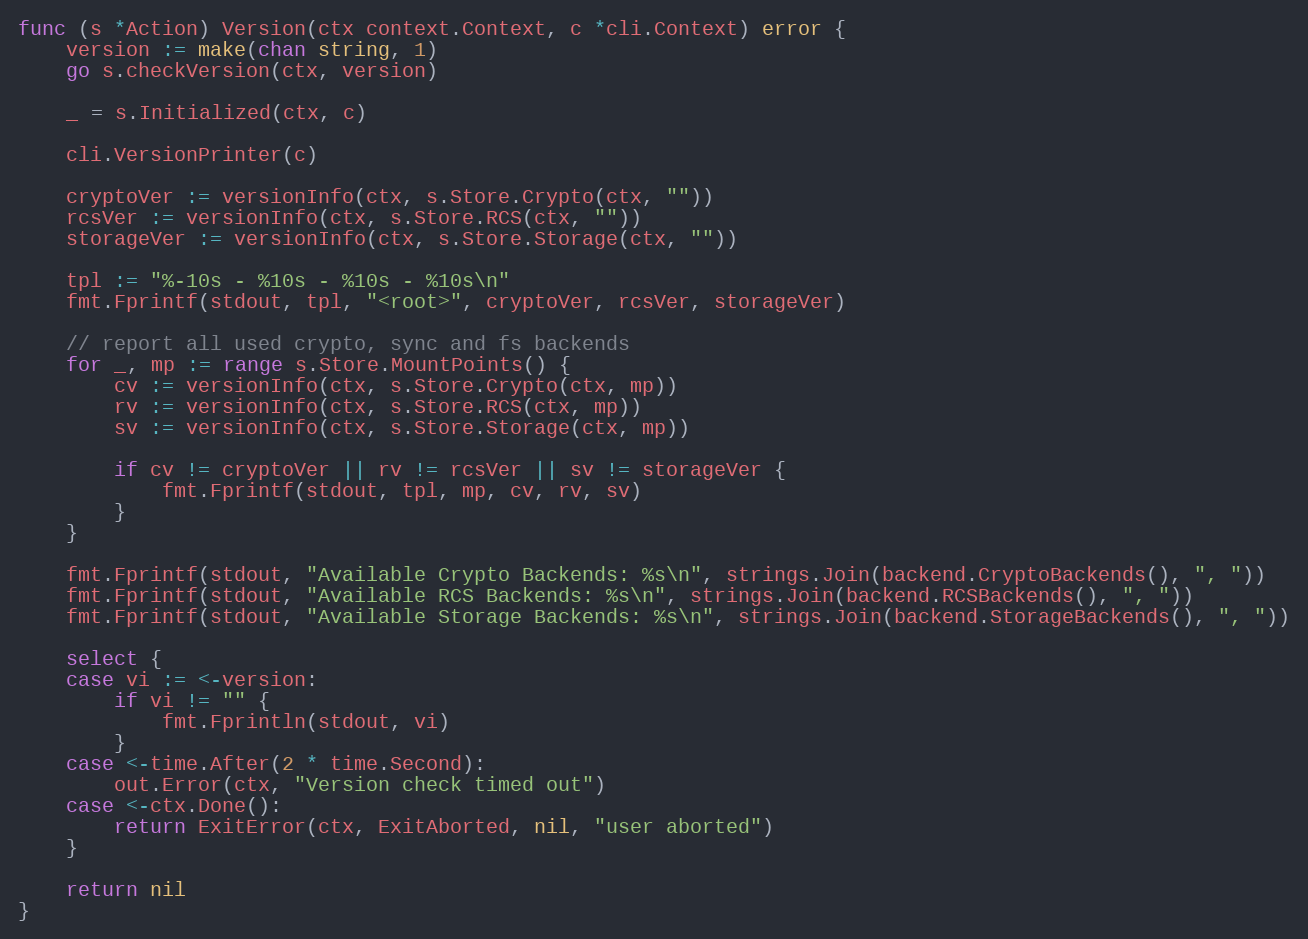
Language: Go
func (s *Action) Version(ctx context.Context, c *cli.Context) error {
	version := make(chan string, 1)
	go s.checkVersion(ctx, version)

	_ = s.Initialized(ctx, c)

	cli.VersionPrinter(c)

	cryptoVer := versionInfo(ctx, s.Store.Crypto(ctx, ""))
	rcsVer := versionInfo(ctx, s.Store.RCS(ctx, ""))
	storageVer := versionInfo(ctx, s.Store.Storage(ctx, ""))

	tpl := "%-10s - %10s - %10s - %10s\n"
	fmt.Fprintf(stdout, tpl, "<root>", cryptoVer, rcsVer, storageVer)

	// report all used crypto, sync and fs backends
	for _, mp := range s.Store.MountPoints() {
		cv := versionInfo(ctx, s.Store.Crypto(ctx, mp))
		rv := versionInfo(ctx, s.Store.RCS(ctx, mp))
		sv := versionInfo(ctx, s.Store.Storage(ctx, mp))

		if cv != cryptoVer || rv != rcsVer || sv != storageVer {
			fmt.Fprintf(stdout, tpl, mp, cv, rv, sv)
		}
	}

	fmt.Fprintf(stdout, "Available Crypto Backends: %s\n", strings.Join(backend.CryptoBackends(), ", "))
	fmt.Fprintf(stdout, "Available RCS Backends: %s\n", strings.Join(backend.RCSBackends(), ", "))
	fmt.Fprintf(stdout, "Available Storage Backends: %s\n", strings.Join(backend.StorageBackends(), ", "))

	select {
	case vi := <-version:
		if vi != "" {
			fmt.Fprintln(stdout, vi)
		}
	case <-time.After(2 * time.Second):
		out.Error(ctx, "Version check timed out")
	case <-ctx.Done():
		return ExitError(ctx, ExitAborted, nil, "user aborted")
	}

	return nil
}